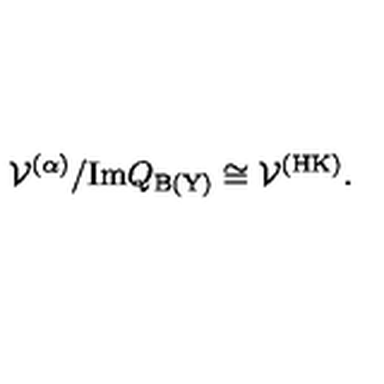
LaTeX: { \cal V } ^ { ( \alpha ) } / \mathrm { I m } Q _ { \mathrm { \scriptsize B ( Y ) } } \cong { \cal V } ^ { \mathrm { \scriptsize ( H K ) } } .